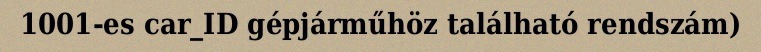
1001-es car_ID gépjárműhöz található rendszám)